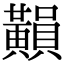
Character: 𪏚